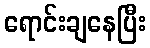
ရောင်းချနေပြီး